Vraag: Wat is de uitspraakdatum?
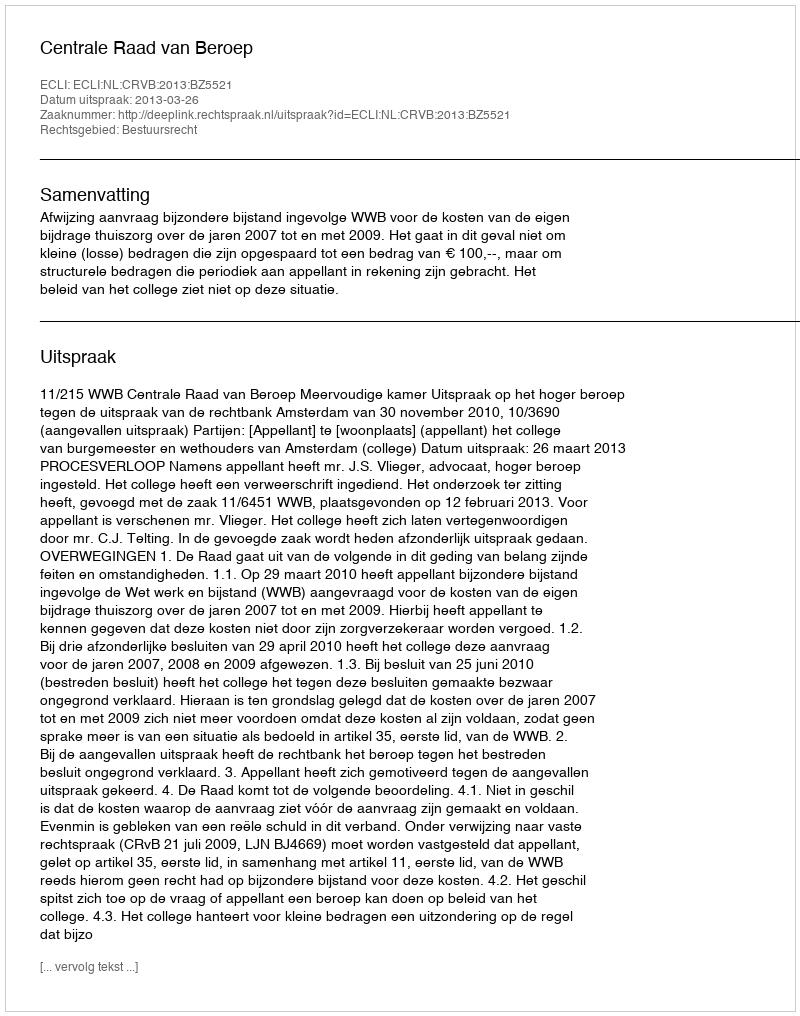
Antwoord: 2013-03-26